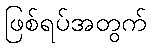
ဖြစ်ရပ်အတွက်